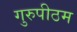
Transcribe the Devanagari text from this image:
गुरुपीठम